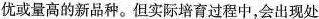
优或量高的新品种。但实际培育过程中，会出现处